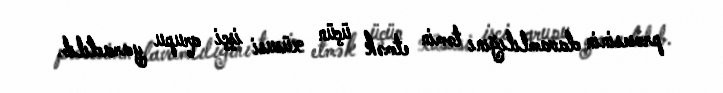
prosesinin davamlılığını təmin etmək üçün xüsusi işçi qrupu yaradılıb.